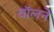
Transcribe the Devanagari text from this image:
वॉलने